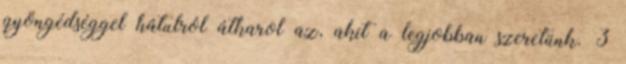
gyöngédséggel hátulról átkarol az, akit a legjobban szeretünk. 3